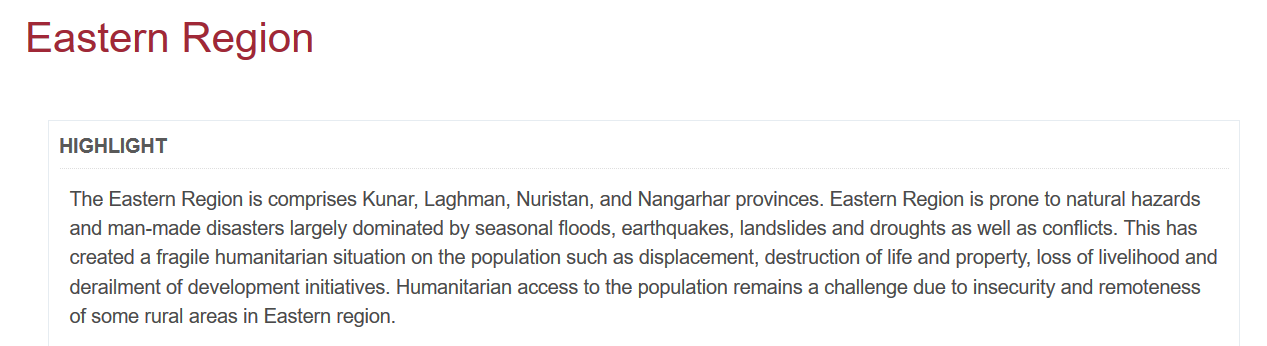
Eastern    Region
     HIGHLIGHT
     The Eastern Region is comprises Kunar, Laghman, Nuristan, and Nangarhar provinces. Eastern Region is prone to natural hazart
     and man-made disasters largely dominated by seasonal floods, earthquakes, landslides and droughts as well as conflicts. This he
     created a fragile humanitarian situation on the population such as displacement, destruction of life and property, loss of livelihood
     derailment of development initiatives. Humanitarian access to the population remains a challenge due to insecurity and remotene:
     of some rural areas in Eastern region.